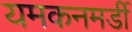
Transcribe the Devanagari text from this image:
यमकनमर्डी